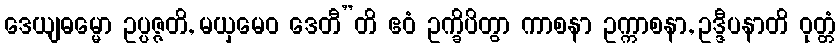
ဒေယျဓမ္မော ဥပ္ပဇ္ဇတိ, မယှမေဝ ဒေတီ”တိ ဧဝံ ဥက္ခိပိတွာ ကာစနာ ဥက္ကာစနာ, ဥဒ္ဒီပနာတိ ဝုတ္တံ